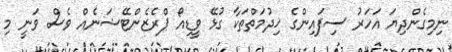
ނިމިގެންދިޔަ އަހަރު ސިފައިންގެ ޚިދުމަތްތަކާ ގުޅޭ ވީޑިއޯ ޕްރެޒެންޓޭޝަނެއް ވެސް ވަނީ މި